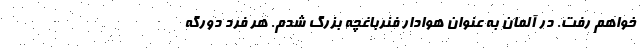
خواهم رفت. در آلمان به عنوان هوادار فنرباغچه بزرگ شدم. هر فرد دورگه